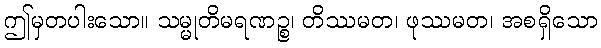
ဤမှတပါးသော။ သမ္မုတိမရဏဉ္စ၊ တိဿမတ၊ ဖုဿမတ၊ အစရှိသော